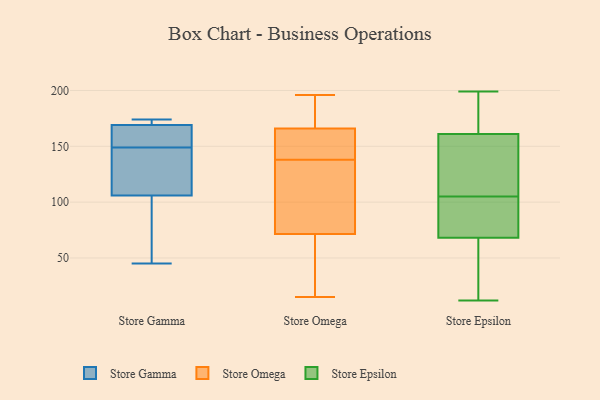
{"axis": {"x": "Operating Costs (USD K)", "y": "Value"}, "legend": ["Store Epsilon", "Store Gamma", "Store Omega"], "data": [{"x": "", "y": 143, "type": "Store Gamma"}, {"x": "", "y": 106, "type": "Store Gamma"}, {"x": "", "y": 155, "type": "Store Gamma"}, {"x": "", "y": 63, "type": "Store Gamma"}, {"x": "", "y": 170, "type": "Store Gamma"}, {"x": "", "y": 174, "type": "Store Gamma"}, {"x": "", "y": 166, "type": "Store Gamma"}, {"x": "", "y": 45, "type": "Store Gamma"}, {"x": "", "y": 169, "type": "Store Gamma"}, {"x": "", "y": 126, "type": "Store Gamma"}, {"x": "", "y": 138, "type": "Store Omega"}, {"x": "", "y": 127, "type": "Store Omega"}, {"x": "", "y": 15, "type": "Store Omega"}, {"x": "", "y": 60, "type": "Store Omega"}, {"x": "", "y": 106, "type": "Store Omega"}, {"x": "", "y": 157, "type": "Store Omega"}, {"x": "", "y": 18, "type": "Store Omega"}, {"x": "", "y": 167, "type": "Store Omega"}, {"x": "", "y": 196, "type": "Store Omega"}, {"x": "", "y": 136, "type": "Store Omega"}, {"x": "", "y": 175, "type": "Store Omega"}, {"x": "", "y": 188, "type": "Store Omega"}, {"x": "", "y": 19, "type": "Store Omega"}, {"x": "", "y": 163, "type": "Store Omega"}, {"x": "", "y": 137, "type": "Store Omega"}, {"x": "", "y": 155, "type": "Store Omega"}, {"x": "", "y": 44, "type": "Store Omega"}, {"x": "", "y": 157, "type": "Store Omega"}, {"x": "", "y": 174, "type": "Store Omega"}, {"x": "", "y": 68, "type": "Store Epsilon"}, {"x": "", "y": 150, "type": "Store Epsilon"}, {"x": "", "y": 110, "type": "Store Epsilon"}, {"x": "", "y": 177, "type": "Store Epsilon"}, {"x": "", "y": 199, "type": "Store Epsilon"}, {"x": "", "y": 129, "type": "Store Epsilon"}, {"x": "", "y": 71, "type": "Store Epsilon"}, {"x": "", "y": 195, "type": "Store Epsilon"}, {"x": "", "y": 38, "type": "Store Epsilon"}, {"x": "", "y": 100, "type": "Store Epsilon"}, {"x": "", "y": 99, "type": "Store Epsilon"}, {"x": "", "y": 161, "type": "Store Epsilon"}, {"x": "", "y": 128, "type": "Store Epsilon"}, {"x": "", "y": 162, "type": "Store Epsilon"}, {"x": "", "y": 38, "type": "Store Epsilon"}, {"x": "", "y": 12, "type": "Store Epsilon"}, {"x": "", "y": 26, "type": "Store Epsilon"}, {"x": "", "y": 79, "type": "Store Epsilon"}]}